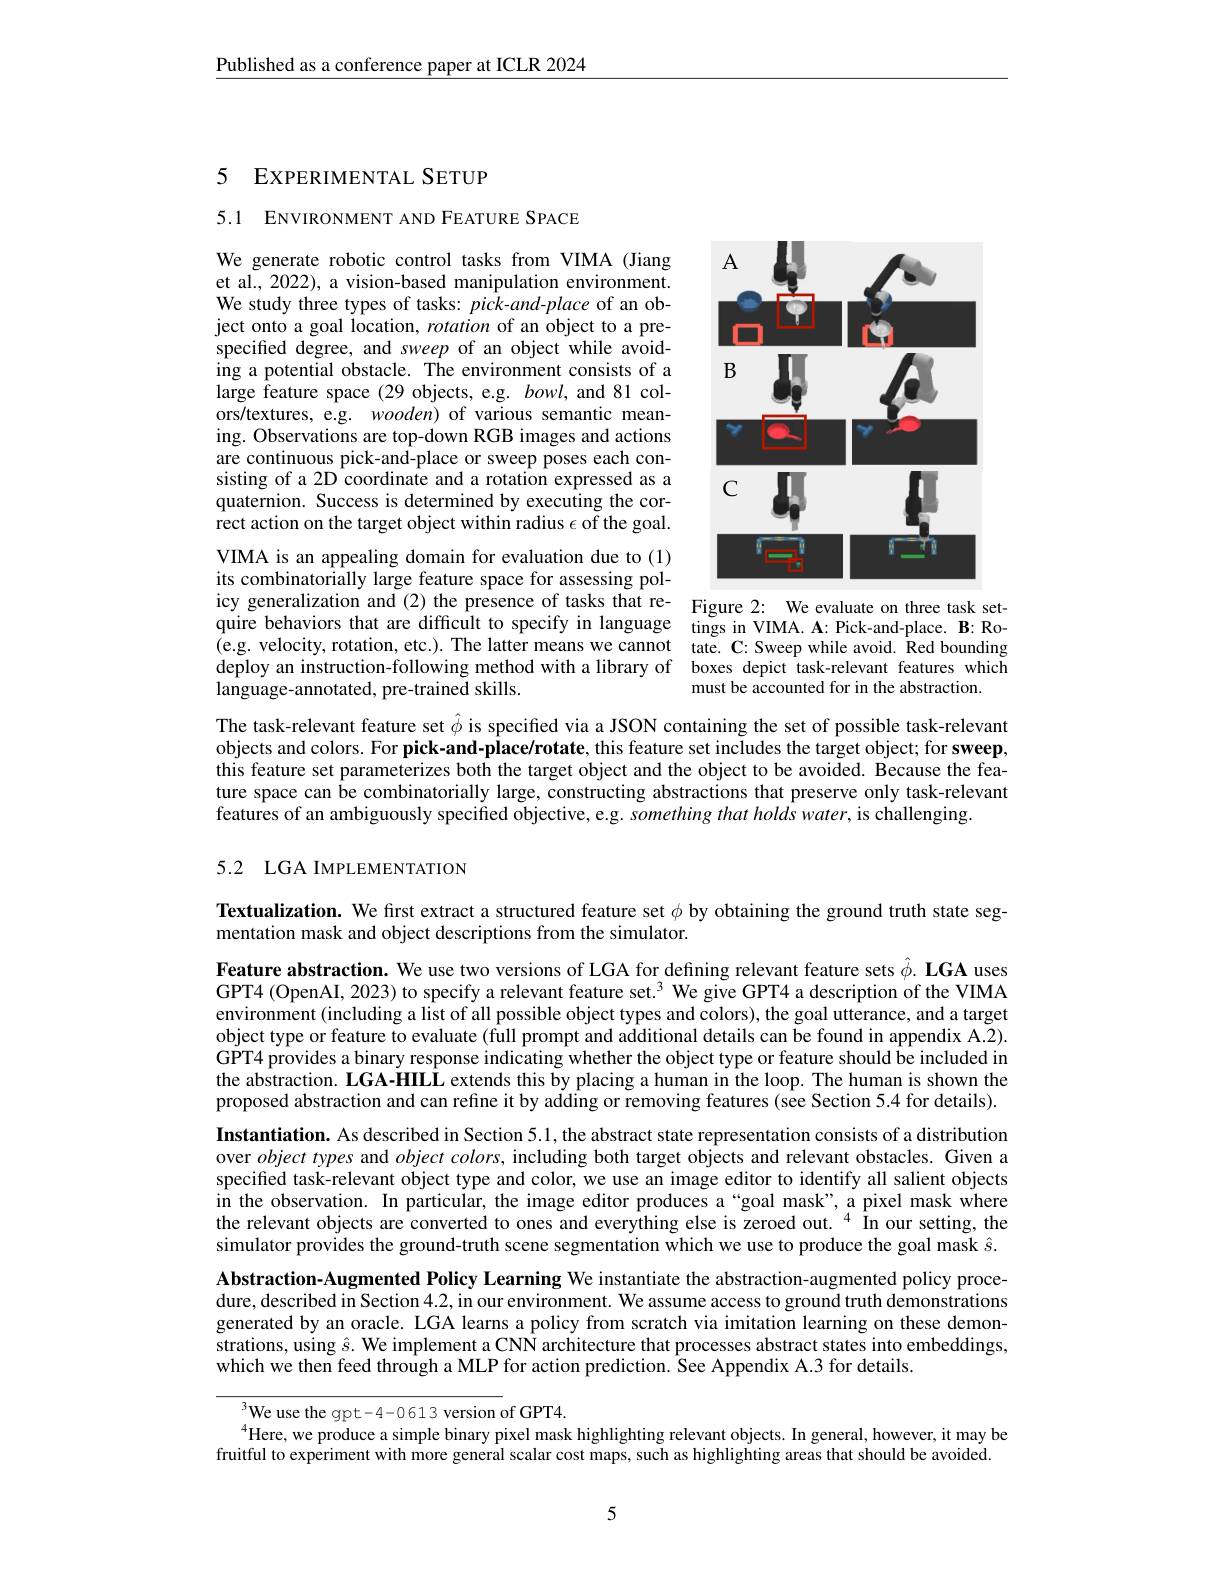
Published as a conference paper at ICLR 2024

# 5 EXPERIMENTAL SETUP

5.1 ENVIRONMENT AND FEATURE SPACE

<FigureHere>
icy generalization and (2) the presence of tasks that re- Figure 2: We evaluate on three task set-

We generate robotic control tasks from VIMA (Jiang et al., 2022), a vision-based manipulation environment. We study three types of tasks: pick-and-place of an object onto a goal location, rotation of an object to a prespecified degree, and sweep of an object while avoiding a potential obstacle. The environment consists of a large feature space (29 objects, e.g. $bowl$, and 81 colors/textures, e.g. wooden) of various semantic meaning. Observations are top-down RGB images and actions are continuous pick-and-place or sweep poses each consisting of a 2D coordinate and a rotation expressed as a quaternion. Success is determined by executing the cor- $\hat{\text{rect action on the target object within radius }\epsilon\text{of the goal.}}$ VIMA is an appealing domain for evaluation due to (1) its combinatorially large feature space for assessing polquire behaviors that are difficult to specify in language tings in VIMA. A: Pick-and-place. B: Ro- (e.g. velocity, rotation, etc.). The latter means we cannot tate. C: Sweep while avoid. Red bounding deploy an instruction-following method with a library of boxes depict task-relevant features which language-annotated, pre-trained skills.

must be accounted for in the abstraction.

The task-relevant feature set $\hat{\phi}$ is specified via a JSON containing the set of possible task-relevant objects and colors. For pick-and-place/rotate, this feature set includes the target object; for sweep, this feature set parameterizes both the target object and the object to be avoided. Because the feature space can be combinatorially large, constructing abstractions that preserve only task-relevant features of an ambiguously specified objective, e.g. something that holds water, is challenging.

## 5.2 LGA IMPLEMENTATION

Textualization. We first extract a structured feature set $\phi$ by obtaining the ground truth state seg-
mentation mask and object descriptions from the simulator.

Feature abstraction. We use two versions of LGA for defining relevant feature sets $\hat{\phi } . \textbf{ LGA uses}$ GPT4 (OpenAI, 2023) to specify a relevant feature set.$^{3}$ We give GPT4 a description of the VIMA environment (including a list of all possible object types and colors), the goal utterance, and a target object type or feature to evaluate (full prompt and additional details can be found in appendix A.2). GPT4 provides a binary response indicating whether the object type or feature should be included in the abstraction. LGA-HILL extends this by placing a human in the loop. The human is shown the proposed abstraction and can refine it by adáing or removing features (see Section 5.4 for details). Instantiation. As described in Section 5.1, the abstract state representation consists of a distribution over object types and object colors, including both target objects and relevant obstacles. Given a specified task-relevant object type and color, we use an image editor to identify all salient objects in the observation. In particular, the image editor produces a “goal mask”, a pixel mask where the relevant objects are converted to ones and everything else is zeroed out. $^{4}$ In our setting, the simulator provides the ground-truth scene segmentation which we use to produce the goal mask $\hat{s}.$ Abstraction-Augmented Policy Learning We instantiate the abstraction-augmented policy procedure, described in Section 4.2, in our environment. We assume access to ground truth demonstrations generated by an oracle. LGA learns a policy from scratch via imitation learning on these demonstrations, using $\hat{s}.$ We implement a CNN architecture that processes abstract states into embeddings, which we then feed through a MLP for action prediction. Šee Appendix A.3 for details.

$^{3}$We use the gpt-4-0613 version of GPT4.
$^{4}$Here, we produce a simple binary pixel mask highlighting relevant objects. In general, however, it may be fruitful to experiment with more general scalar cost maps, such as highlighting areas that should be avoided.

5